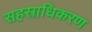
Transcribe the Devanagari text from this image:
सहस्राधिकरण